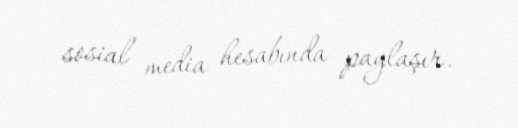
sosial media hesabında paylaşır.